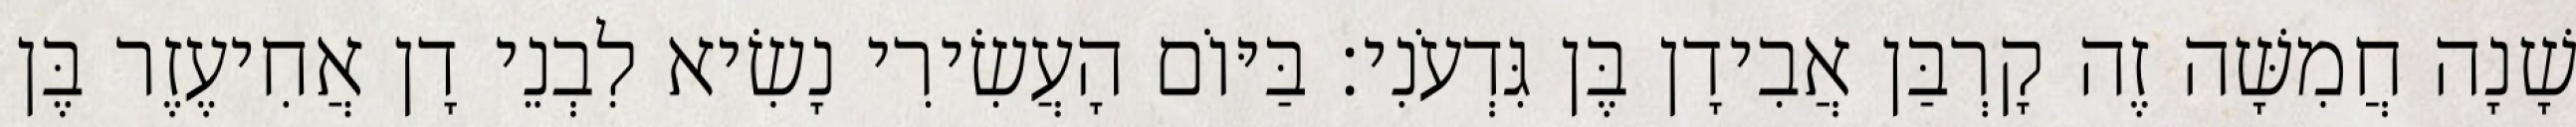
שָׁנָה חֲמִשָּׁה זֶה קָרְבַּן אֲבִידָן בֶּן גִּדְעֹנִי׃ בַּיּוֹם הָעֲשִׂירִי נָשִׂיא לִבְנֵי דָן אֲחִיעֶזֶר בֶּן